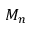
M _ { n }